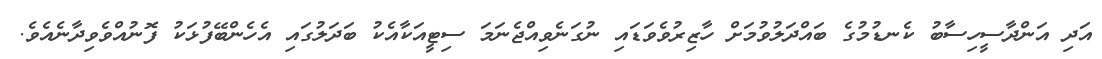
އަދި އަންދާސީހިސާބު ކެނޑުމުގެ ބައްދަލުވުމަށް ހާޒިރުވެވަޑައި ނުގަނެވިއްޖެނަމަ ސިޓީއަކާއެކު ބަދަލުގައި އެހެންބޭފުޅަކު ފޮނުއްވެވިދާނެއެވެ.